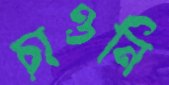
চাওনি